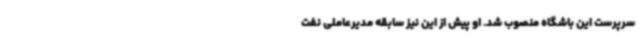
سرپرست این باشگاه منصوب شد. او پیش از این نیز سابقه مدیرعاملی نفت